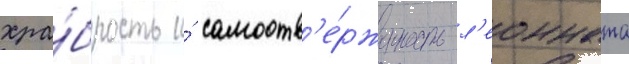
хра́брость и́ самоотв'е́рженность л'еонната